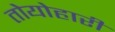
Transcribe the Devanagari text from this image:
तोयोहारी